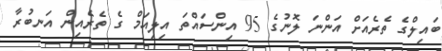
ބައިލްގެ ތެރެއަށް އަންނަ ލޮނުގެ 95 އިންސައްތަ އިލިއަމް ގެ ތެރެއިން އަނބުރާ